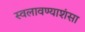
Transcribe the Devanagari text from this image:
स्वलावण्याशंसा